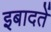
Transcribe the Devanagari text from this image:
इबादतें